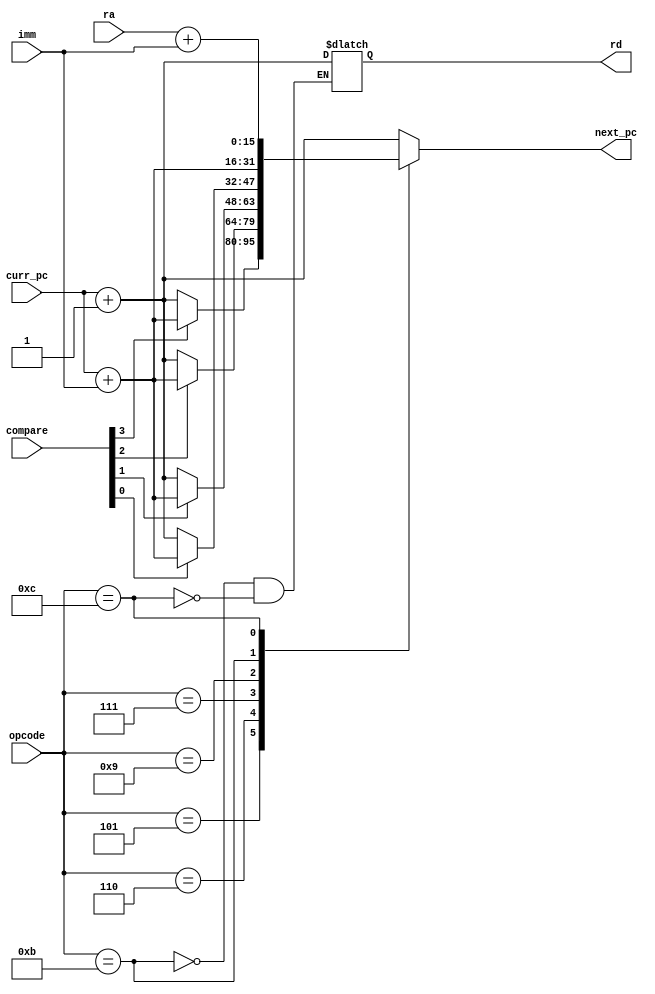
module pc_mux(opcode, curr_pc, compare, imm, ra, next_pc, rd);

	input [3:0] opcode; 
	input [15:0] curr_pc;
	input [3:0] compare;
	input [15:0] imm;
	input [15:0] ra;

	output reg [15:0] next_pc;
	output reg [15:0] rd;

	always @ (*) begin
		case(opcode) 
			
			//------------ ALU -------------
			//addi rd, ra, rb, imm
			4'b0000:  next_pc <= curr_pc+1; 
			//subi rd, ra, rb, imm
			4'b0001:  next_pc <= curr_pc+1; 
			//andi rd, ra, rb, imm
			4'b0010:  next_pc <= curr_pc+1; 
			//ori rd, ra, rb, imm
			4'b0011:  next_pc <= curr_pc+1; 
			//xori rd, ra, rb, imm
			4'b0100:  next_pc <= curr_pc+1; 
			//----------- Branch ----------
			//beq ra, rb, imm 
			4'b0101:  next_pc <= compare[3]? curr_pc+imm : curr_pc + 1; 
			//bne ra, rb, imm
			4'b0110:  next_pc <= compare[2]? curr_pc+imm : curr_pc + 1;
			//bge ra, rb, imm
			4'b0111:  next_pc <= compare[1]? curr_pc+imm : curr_pc + 1;  
			//blt ra, rb, imm
			4'b1001:  next_pc <= compare[0]? curr_pc+imm : curr_pc + 1;  
			//------------ Jump ------------
			//jal rd, imm
			4'b1011: begin   
				 rd <= curr_pc + 1;
				 next_pc <= curr_pc+imm;
			end
			//jalr rd, ra, imm 
			4'b1100: begin   
				 rd <= curr_pc + 1;
				 next_pc <= ra + imm;
			end
			default: next_pc <= curr_pc +1;
		endcase
	end
endmodule